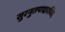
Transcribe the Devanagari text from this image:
सुरनुतपादारविंद